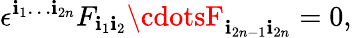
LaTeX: \epsilon^{\mathbf{i}_{1}\ldots\mathbf{i}_{2n}}F_{\mathbf{i}_{1}\mathbf{i}_{2}}\cdotsF_{\mathbf{i}_{2n-1}\mathbf{i}_{2n}}=0,